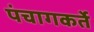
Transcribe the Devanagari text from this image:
पंचागकर्ते